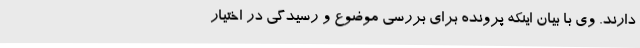
دارند. وی با بیان اینکه پرونده برای بررسی موضوع و رسیدگی در اختیار